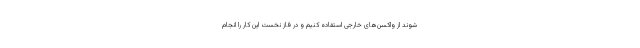
شوند از واکسن‌های خارجی استفاده کنیم و در فاز نخست این کار را انجام